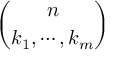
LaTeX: \binom { n } { k _ { 1 } , \cdots , k _ { m } }